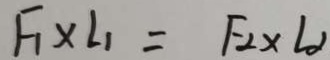
F _ { 1 } \times l _ { 1 } = F _ { 2 } \times L _ { 2 }